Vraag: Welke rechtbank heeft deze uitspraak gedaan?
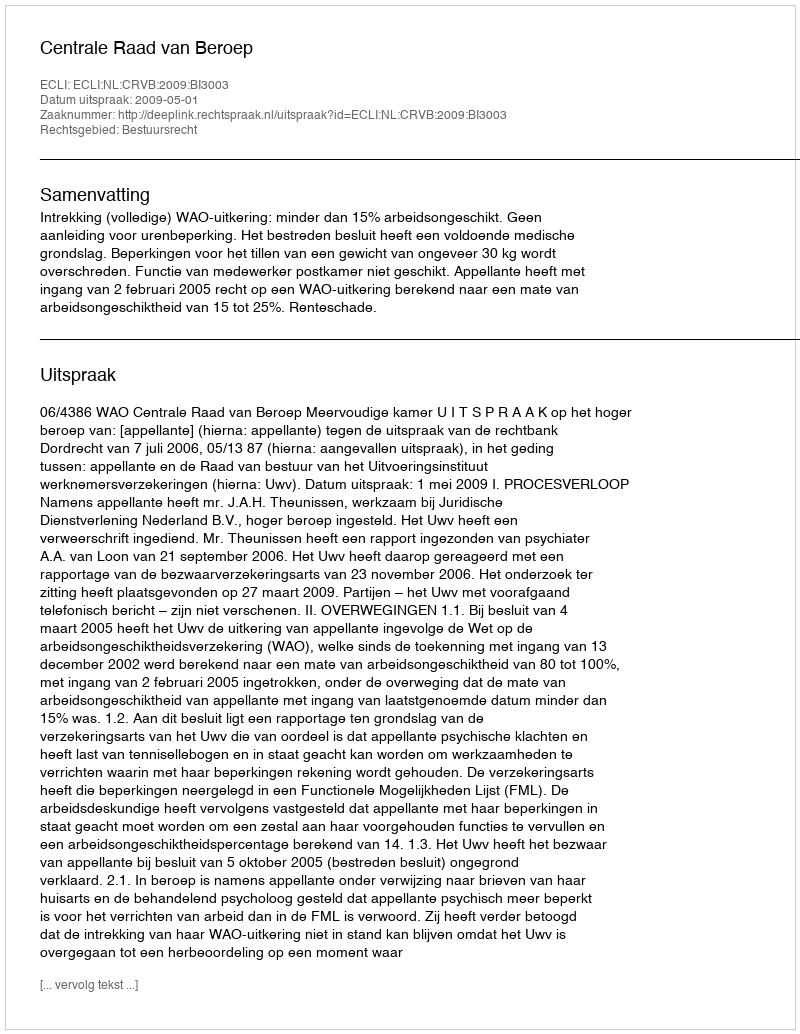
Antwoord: Centrale Raad van Beroep